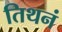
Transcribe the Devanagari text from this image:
तिथनं